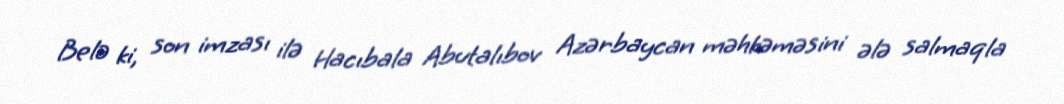
Belə ki, son imzası ilə Hacıbala Abutalıbov Azərbaycan məhkəməsini ələ salmaqla